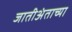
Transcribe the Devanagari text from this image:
जातीअंताच्या